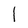
Character: l